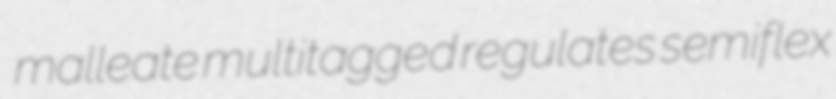
malleate multitagged regulates semiflex